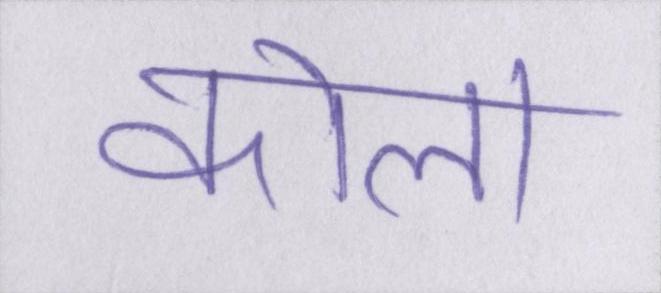
कोला